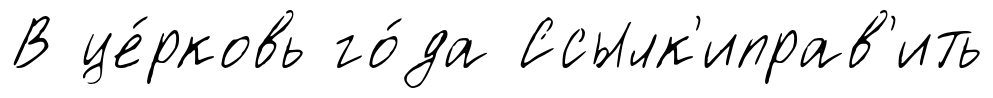
В це́рковь го́да Ссылк'иправ'ить